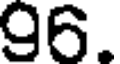
96.